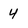
Character: 4